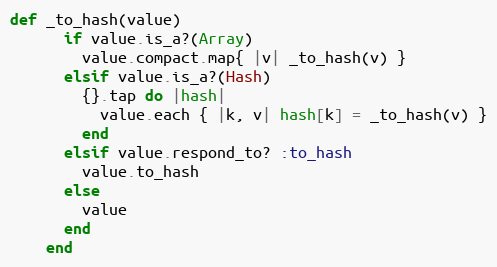
Language: Ruby
def _to_hash(value)
      if value.is_a?(Array)
        value.compact.map{ |v| _to_hash(v) }
      elsif value.is_a?(Hash)
        {}.tap do |hash|
          value.each { |k, v| hash[k] = _to_hash(v) }
        end
      elsif value.respond_to? :to_hash
        value.to_hash
      else
        value
      end
    end